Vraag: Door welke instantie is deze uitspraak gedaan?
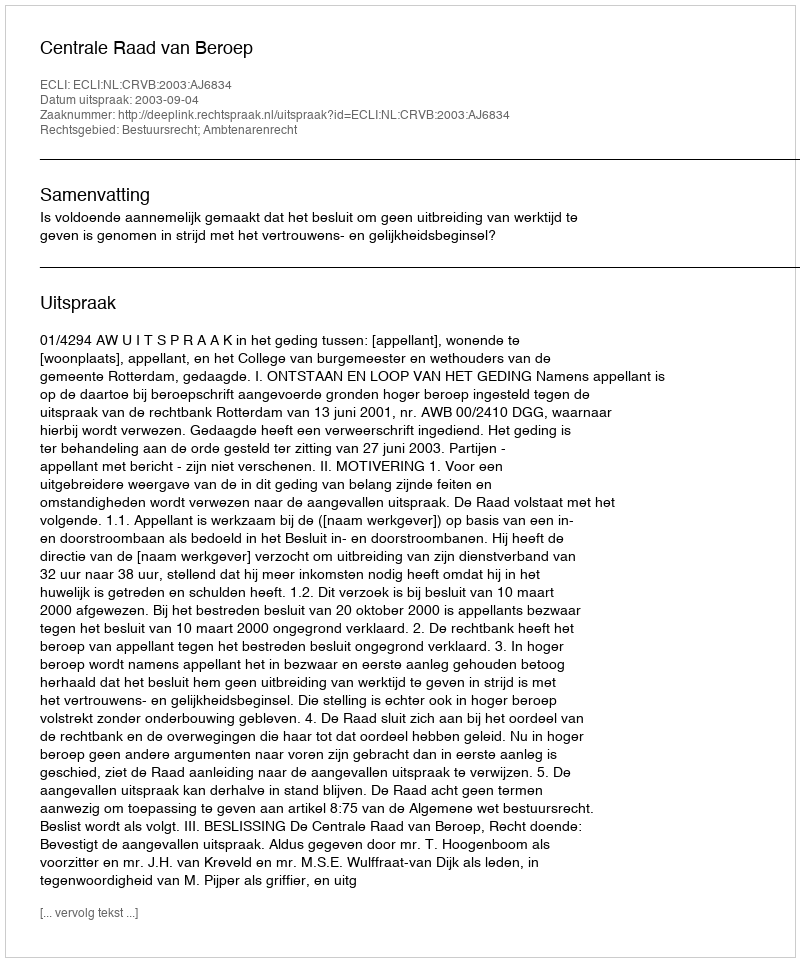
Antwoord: Centrale Raad van Beroep